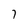
Character: 7